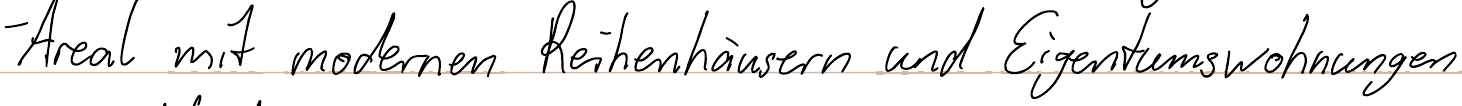
- Areal mit modernen Reihenhäusern und Eigentumswohnungen